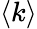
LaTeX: \left<k\right>